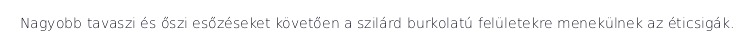
Nagyobb tavaszi és őszi esőzéseket követően a szilárd burkolatú felületekre menekülnek az éticsigák.